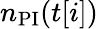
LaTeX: n_{\mathrm{PI}}(t[i])